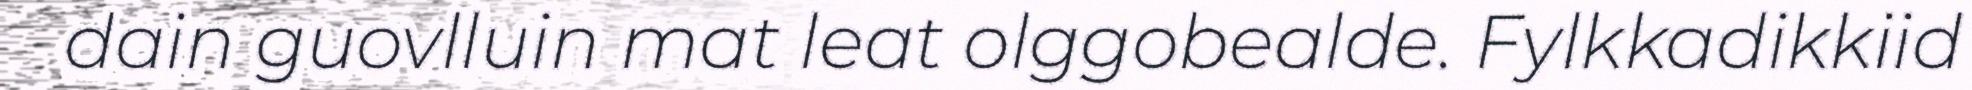
dain guovlluin mat leat olggobealde. Fylkkadikkiid